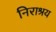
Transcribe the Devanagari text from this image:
निराश्रय